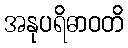
အနုပရိဓာဝတိ